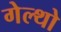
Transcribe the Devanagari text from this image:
गेल्थो